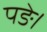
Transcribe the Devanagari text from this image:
पङे।